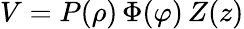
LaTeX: V=P(\rho)\, \Phi(\varphi)\, Z(z)